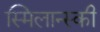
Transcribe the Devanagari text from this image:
स्मिलान्स्की